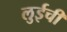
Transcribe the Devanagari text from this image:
लुईची